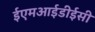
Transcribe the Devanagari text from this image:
ईएमआईडीईसी